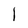
Character: I